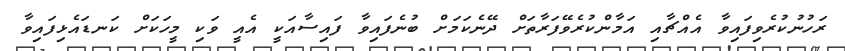
ރަހުނުކުރެވިފައިވާ އެއްޗާއި އަމާންކުރެވޭފަރާތަށް ދޭނެކަމަށް ބުނެފައިވާ ފައިސާއަކީ އެއީ ވަކި މީހަކަށް ކަނޑައެޅިފައިވާ